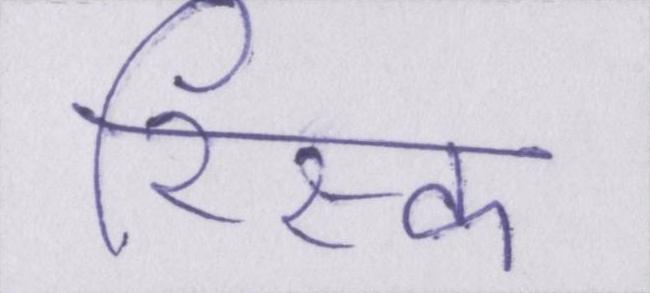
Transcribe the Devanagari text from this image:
रिस्क